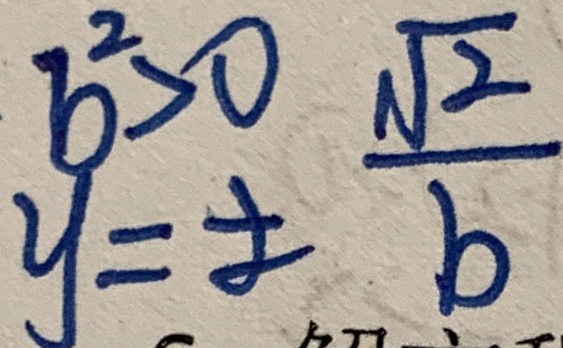
b ^ { 2 } > 0 \frac { \sqrt { 2 } } { b } y = 8